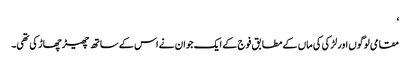
‘
مقامی لوگوں اور لڑکی کی ماں کے مطابق فوج کے ایک جوان نے اس کے ساتھ چھیڑ چھاڑ کی تھی۔